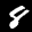
Label: 8